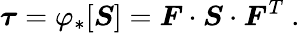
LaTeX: {\boldsymbol{\tau}}=\varphi_{*}[{\boldsymbol{S}}]={\boldsymbol{F}}\cdot{\boldsymbol{S}}\cdot{\boldsymbol{F}}^{T}~.